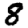
Digit: 8